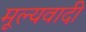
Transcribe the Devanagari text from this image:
मूल्यवादी